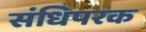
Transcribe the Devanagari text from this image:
संधिपरक